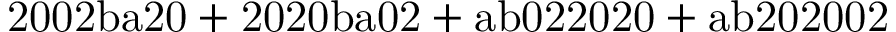
\mathrm { 2 0 0 2 b a 2 0 + 2 0 2 0 b a 0 2 + a b 0 2 2 0 2 0 + a b 2 0 2 0 0 2 }